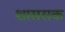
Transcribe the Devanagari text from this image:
शाससक